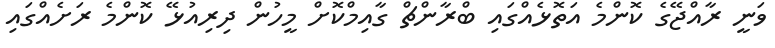
ވަނީ ރާއްޖޭގެ ކޮންމެ އަތޮޅެއްގައި ބްރާންޗް ގާއިމްކޮށް މީހުން ދިރިއުޅޭ ކޮންމެ ރަށެއްގައި